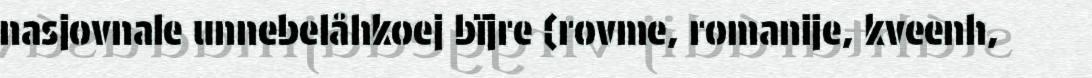
nasjovnale unnebelåhkoej bïjre (rovme, romanije, kveenh,